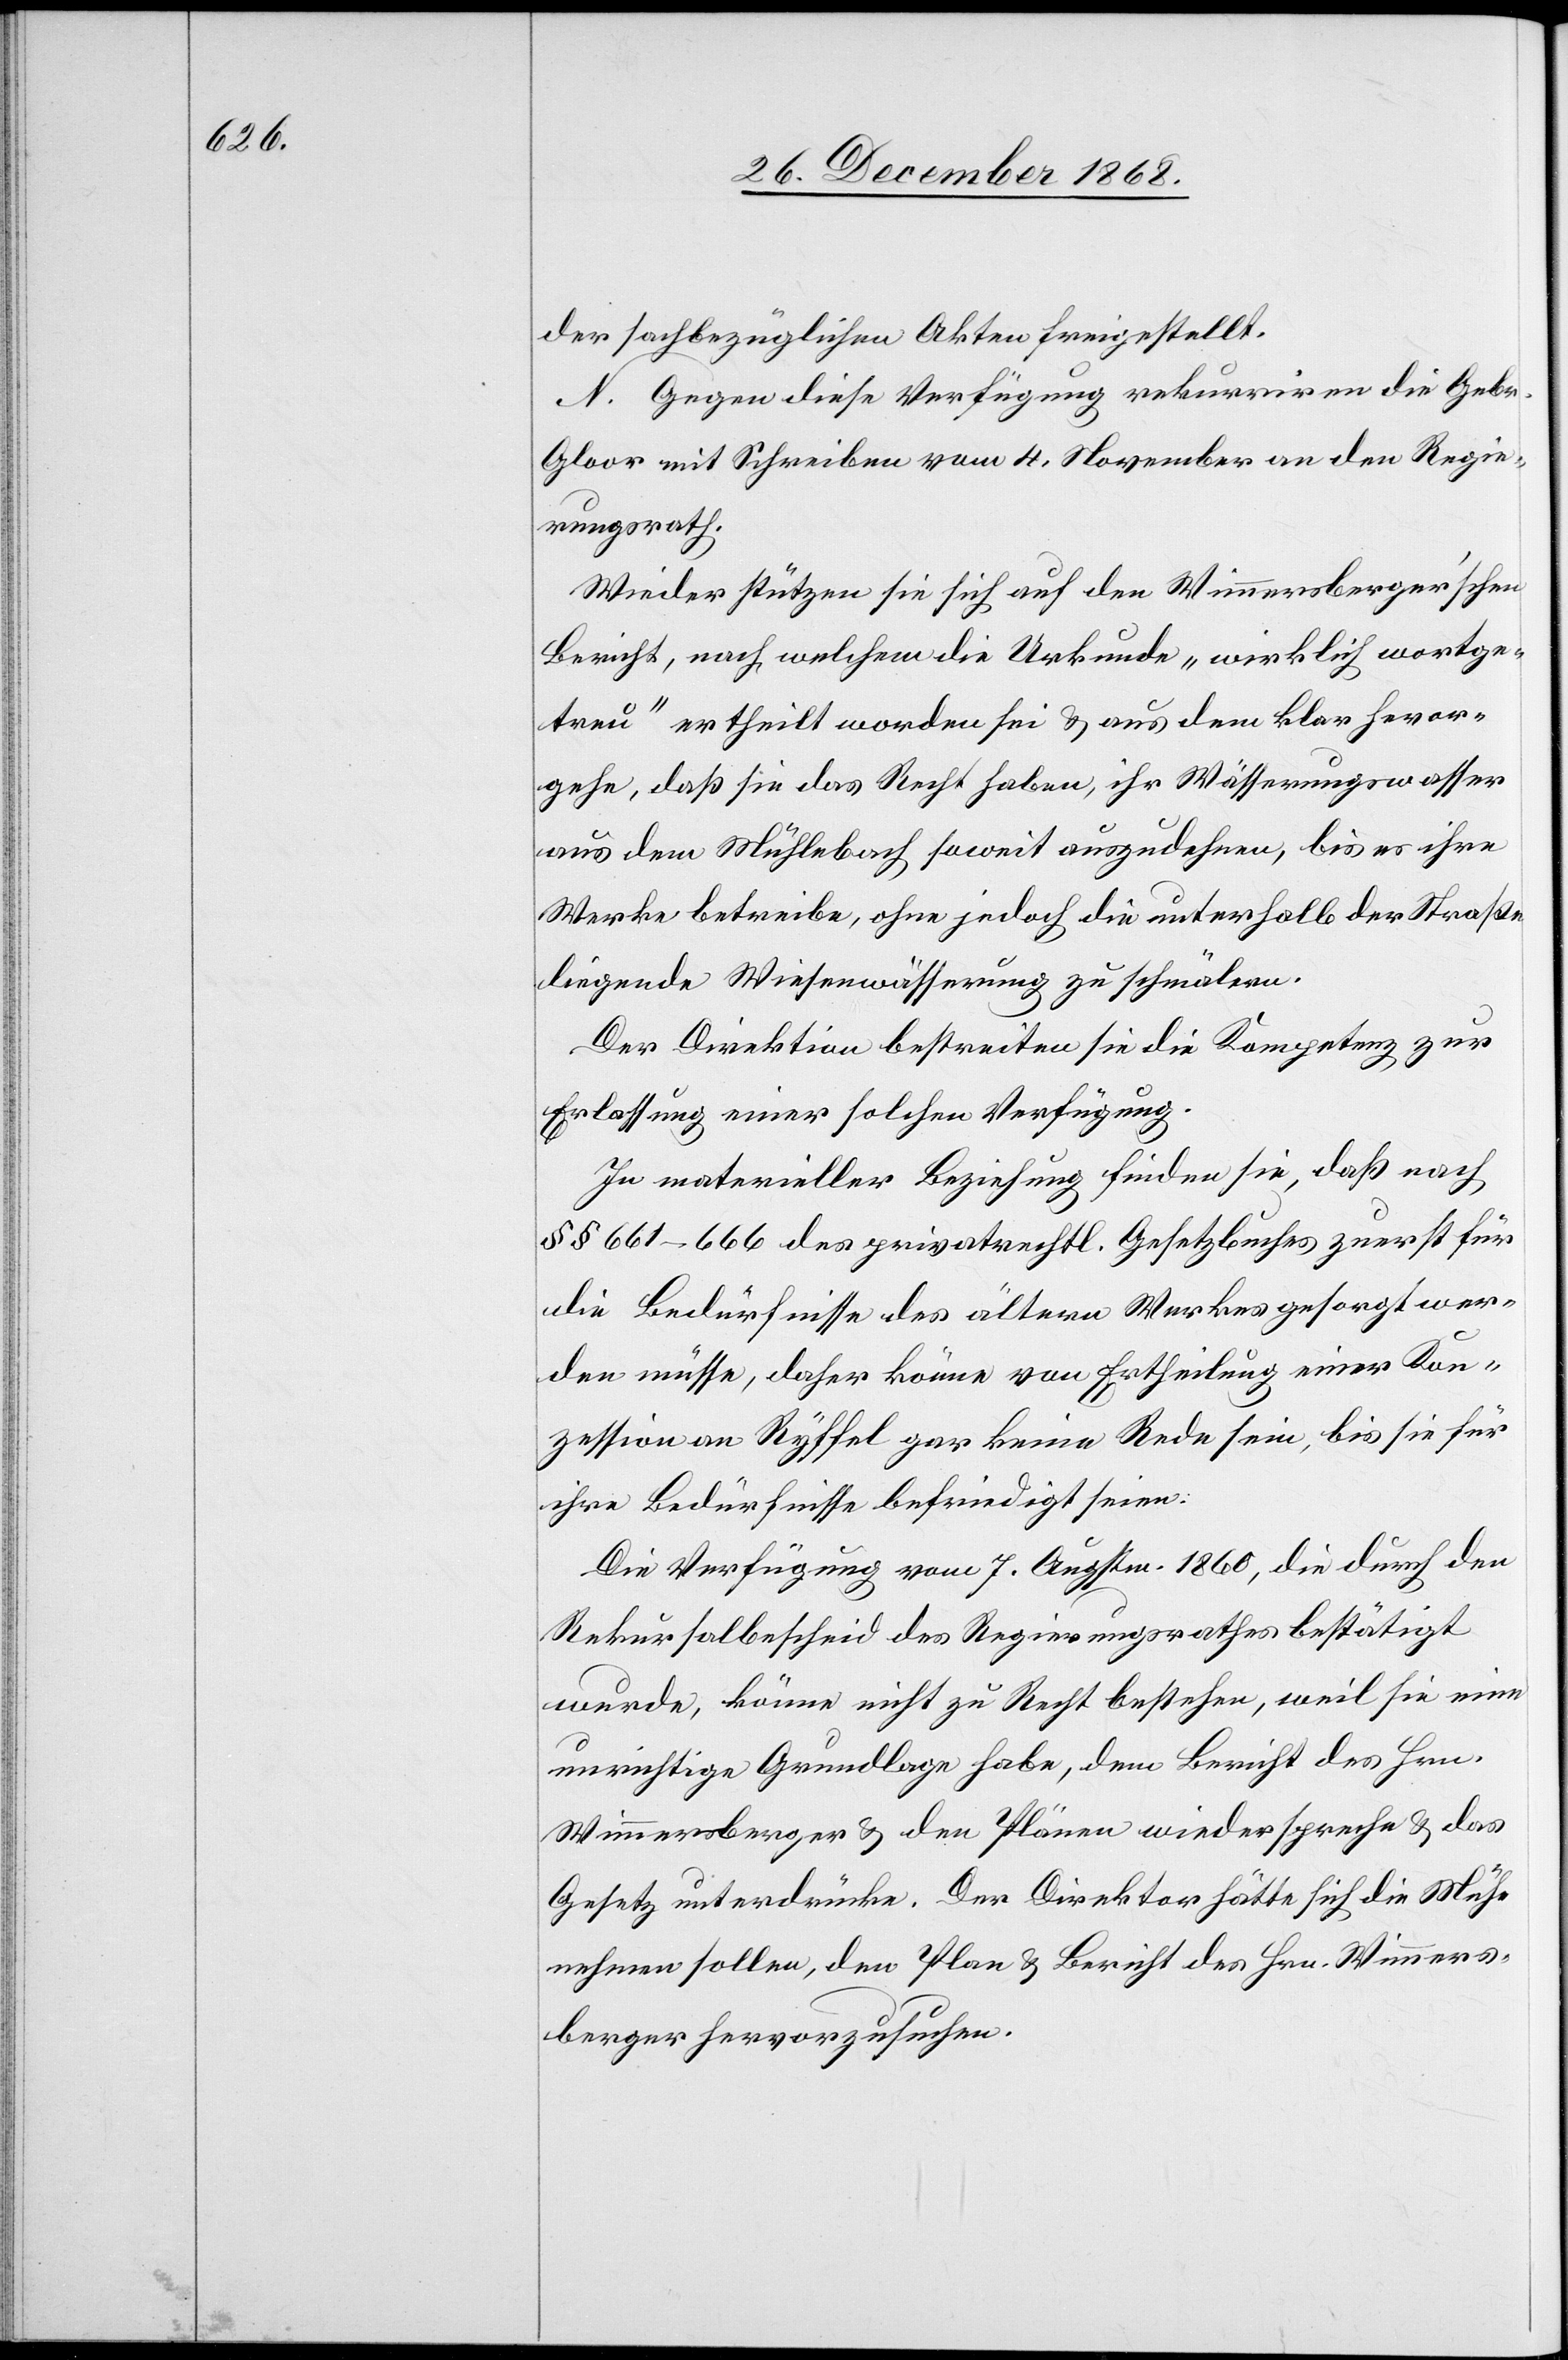
der sachbezüglichen Akten freigestellt.
N. Gegen diese Verfügung rekurriren die Gebr.
Gloor mit Schreiben vom 4. November an den Regie¬
rungsrath.
Wieder stützen sie sich auf den Wimmersberger’schen
Bericht, nach welchem die Urkunde „wirklich wortge¬
treu“ ertheilt worden sei & aus dem klar he[r]vor¬
gehe, daß sie das Recht haben, ihr Wässerungswasser
aus dem Mühlebach soweit auszudehnen, bis es ihre
Werke betreibe, ohne jedoch die unterhalb der Straße
liegende Wiesenwässerung zu schmälern.
Der Direktion bestreiten sie die Kompetenz zur
Erlassung einer solchen Verfügung.
In materieller Beziehung finden sie, daß nach
§§ 661–666 des privatrechtl. Gesetzbuches zuerst für
die Bedürfnisse des ältern Werkes gesorgt wer¬
den müsse, daher könne von Ertheilung einer Kon¬
zession an Ryffel gar keine Rede sein, bis sie für
ihre Bedürfnisse befriedigt seien.
Die Verfügung vom 7. Augstm. 1860, die durch den
Rekursalbescheid des Regierungsrathes bestätigt
wurde, könne nicht zu Recht bestehen, weil sie eine
unrichtige Grundlage habe, dem Bericht des Hrn.
Wimmersberger & den Plänen wiederspreche & das
Gesetz unterdrücke. Der Direktor hätte sich die Mühe
nehmen sollen, den Plan & Bericht des Hrn. Wimmers¬
berger hervorzusuchen.